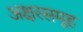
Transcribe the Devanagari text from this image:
अक्षरसमूह